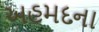
અહમદના